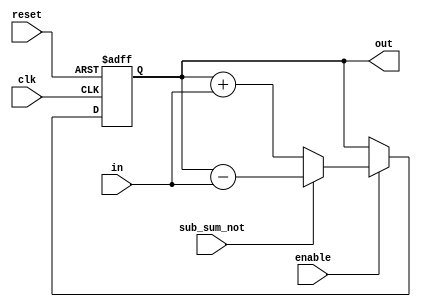
module SensorSumHolder #(parameter WIDTH = 16) (
    input wire clk,
    input wire reset,
    input wire enable, // if enable is zero nothing will be changed
    input wire sub_sum_not, // if 0 out will be in + out otherwise out = out - in
    input wire signed [WIDTH-1:0] in,
    output reg signed [WIDTH-1:0] out
);
    always @(posedge clk or posedge reset) begin
        if (reset)
            out <= 0;
        else if (enable) begin
            if (sub_sum_not) begin
                out <= out - in;
            end else begin
                out <= out + in;
            end
        end
    end
endmodule